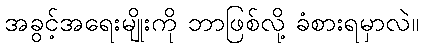
အခွင့်အရေးမျိုးကို ဘာဖြစ်လို့ ခံစားရမှာလဲ။